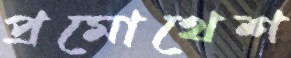
প্রমোথেশ